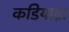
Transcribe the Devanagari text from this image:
कडियाद्रा